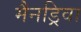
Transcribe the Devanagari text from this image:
मैनड्रिवा